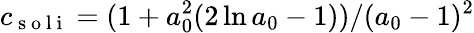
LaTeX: c_{\mathrm{~s~o~l~i~}}=(1+a_{0}^{2}(2\ln a_{0}-1))/(a_{0}-1)^{2}